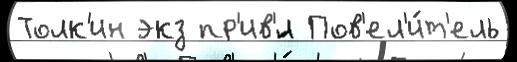
Толк'ин экз пр'ив'́л Пов'ел'и́т'ель